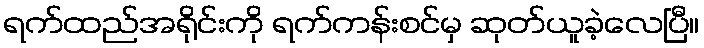
ရက်ထည်အရိုင်းကို ရက်ကန်းစင်မှ ဆုတ်ယူခဲ့လေပြီ။